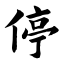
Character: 停